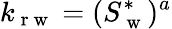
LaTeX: k_{\mathrm{~r~w~}}=(S_{\mathrm{~w~}}^{*})^{a}